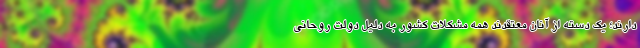
دارند؛ یک دسته از آنان معتقدند همه مشکلات کشور به دلیل دولت روحانی